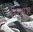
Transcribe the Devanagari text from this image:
उरुमुश